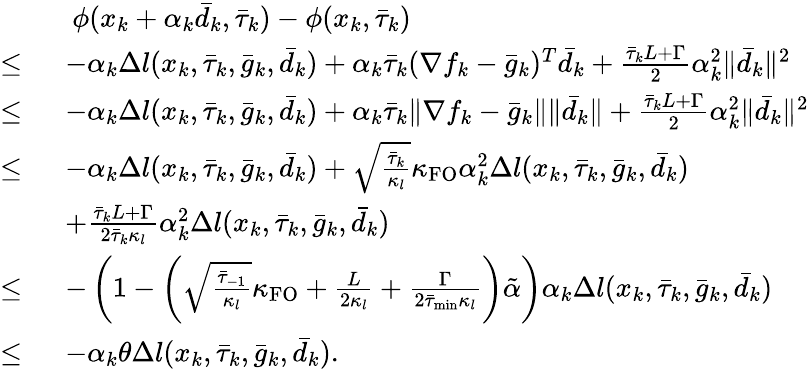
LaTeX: \begin{array}{rl}&{\ \phi(x_{k}+\alpha_{k}\bar{d}_{k},\bar{\tau}_{k})-\phi(x_{k},\bar{\tau}_{k})}\\ {\leq\ }&{-\alpha_{k}\Delta l(x_{k},\bar{\tau}_{k},\bar{g}_{k},\bar{d}_{k})+\alpha_{k}\bar{\tau}_{k}(\nabla f_{k}-\bar{g}_{k})^{T}\bar{d}_{k}+\frac{\bar{\tau}_{k}L+\Gamma}{2}\alpha_{k}^{2}\| \bar{d}_{k}\| ^{2}}\\ {\leq\ }&{-\alpha_{k}\Delta l(x_{k},\bar{\tau}_{k},\bar{g}_{k},\bar{d}_{k})+\alpha_{k}\bar{\tau}_{k}\| \nabla f_{k}-\bar{g}_{k}\| \| \bar{d}_{k}\| +\frac{\bar{\tau}_{k}L+\Gamma}{2}\alpha_{k}^{2}\| \bar{d}_{k}\| ^{2}}\\ {\leq\ }&{-\alpha_{k}\Delta l(x_{k},\bar{\tau}_{k},\bar{g}_{k},\bar{d}_{k})+\sqrt{\frac{\bar{\tau}_{k}}{\kappa_{l}}}\kappa_{\mathrm{FO}}\alpha_{k}^{2}\Delta l(x_{k},\bar{\tau}_{k},\bar{g}_{k},\bar{d}_{k})}\\ &{+\frac{\bar{\tau}_{k}L+\Gamma}{2\bar{\tau}_{k}\kappa_{l}}\alpha_{k}^{2}\Delta l(x_{k},\bar{\tau}_{k},\bar{g}_{k},\bar{d}_{k})}\\ {\leq\ }&{-\left(1-\left(\sqrt{\frac{\bar{\tau}_{-1}}{\kappa_{l}}}\kappa_{\mathrm{FO}}+\frac{L}{2\kappa_{l}}+\frac{\Gamma}{2\bar{\tau}_{\operatorname*{min}}\kappa_{l}}\right)\tilde{\alpha}\right)\alpha_{k}\Delta l(x_{k},\bar{\tau}_{k},\bar{g}_{k},\bar{d}_{k})}\\ {\leq\ }&{-\alpha_{k}\theta\Delta l(x_{k},\bar{\tau}_{k},\bar{g}_{k},\bar{d}_{k}).}\end{array}